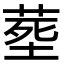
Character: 塟